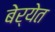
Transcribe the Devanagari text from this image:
बेर्येत